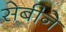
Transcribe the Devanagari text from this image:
सेबीने